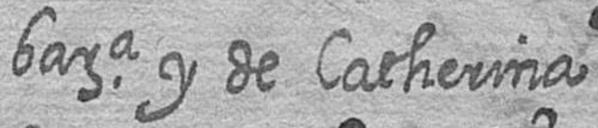
bara y de Catherina